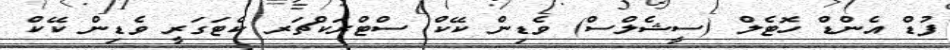
ފުޑް އެންޑް ހޮޓެލް (ސީޝެލްސް) ވެޑިން ކޭކް ސްޓްރަކްޗަރ ކެޓަގަރީ ވެޑިން ކޭކް